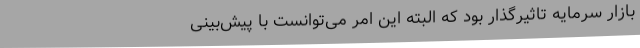
بازار سرمایه تاثیرگذار بود که البته این امر می‌توانست با پیش‌بینی